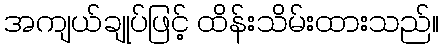
အကျယ်ချုပ်ဖြင့် ထိန်းသိမ်းထားသည်။